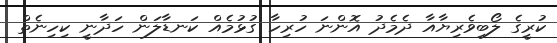
ކުރީގެ ލޯބިވެރިޔާއާ ދެމެދު އޮންނަ ހުރިހާ ގުޅުމެއް ކަނޑާލަން ހަދާނީ ކިހިނެތް